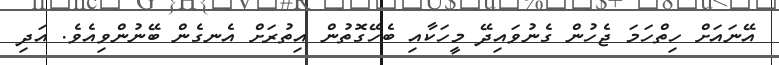
އޭނައަށް ހިތްހަމަ ޖެހުން ގެނުވައިދޭ މީހަކާއި ބެހޭގޮތުން އިތުރަށް އެނގެން ބޭނުންވިއެވެ. އަދި